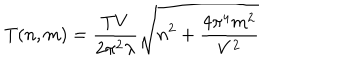
\mathrm { T } ( n , m ) = \frac { T V } { 2 \pi ^ { 2 } \lambda } \sqrt { n ^ { 2 } + \frac { 4 \pi ^ { 4 } m ^ { 2 } } { V ^ { 2 } } }